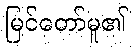
မြင်တော်မူ၏